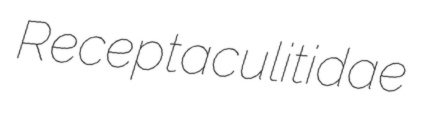
Receptaculitidae